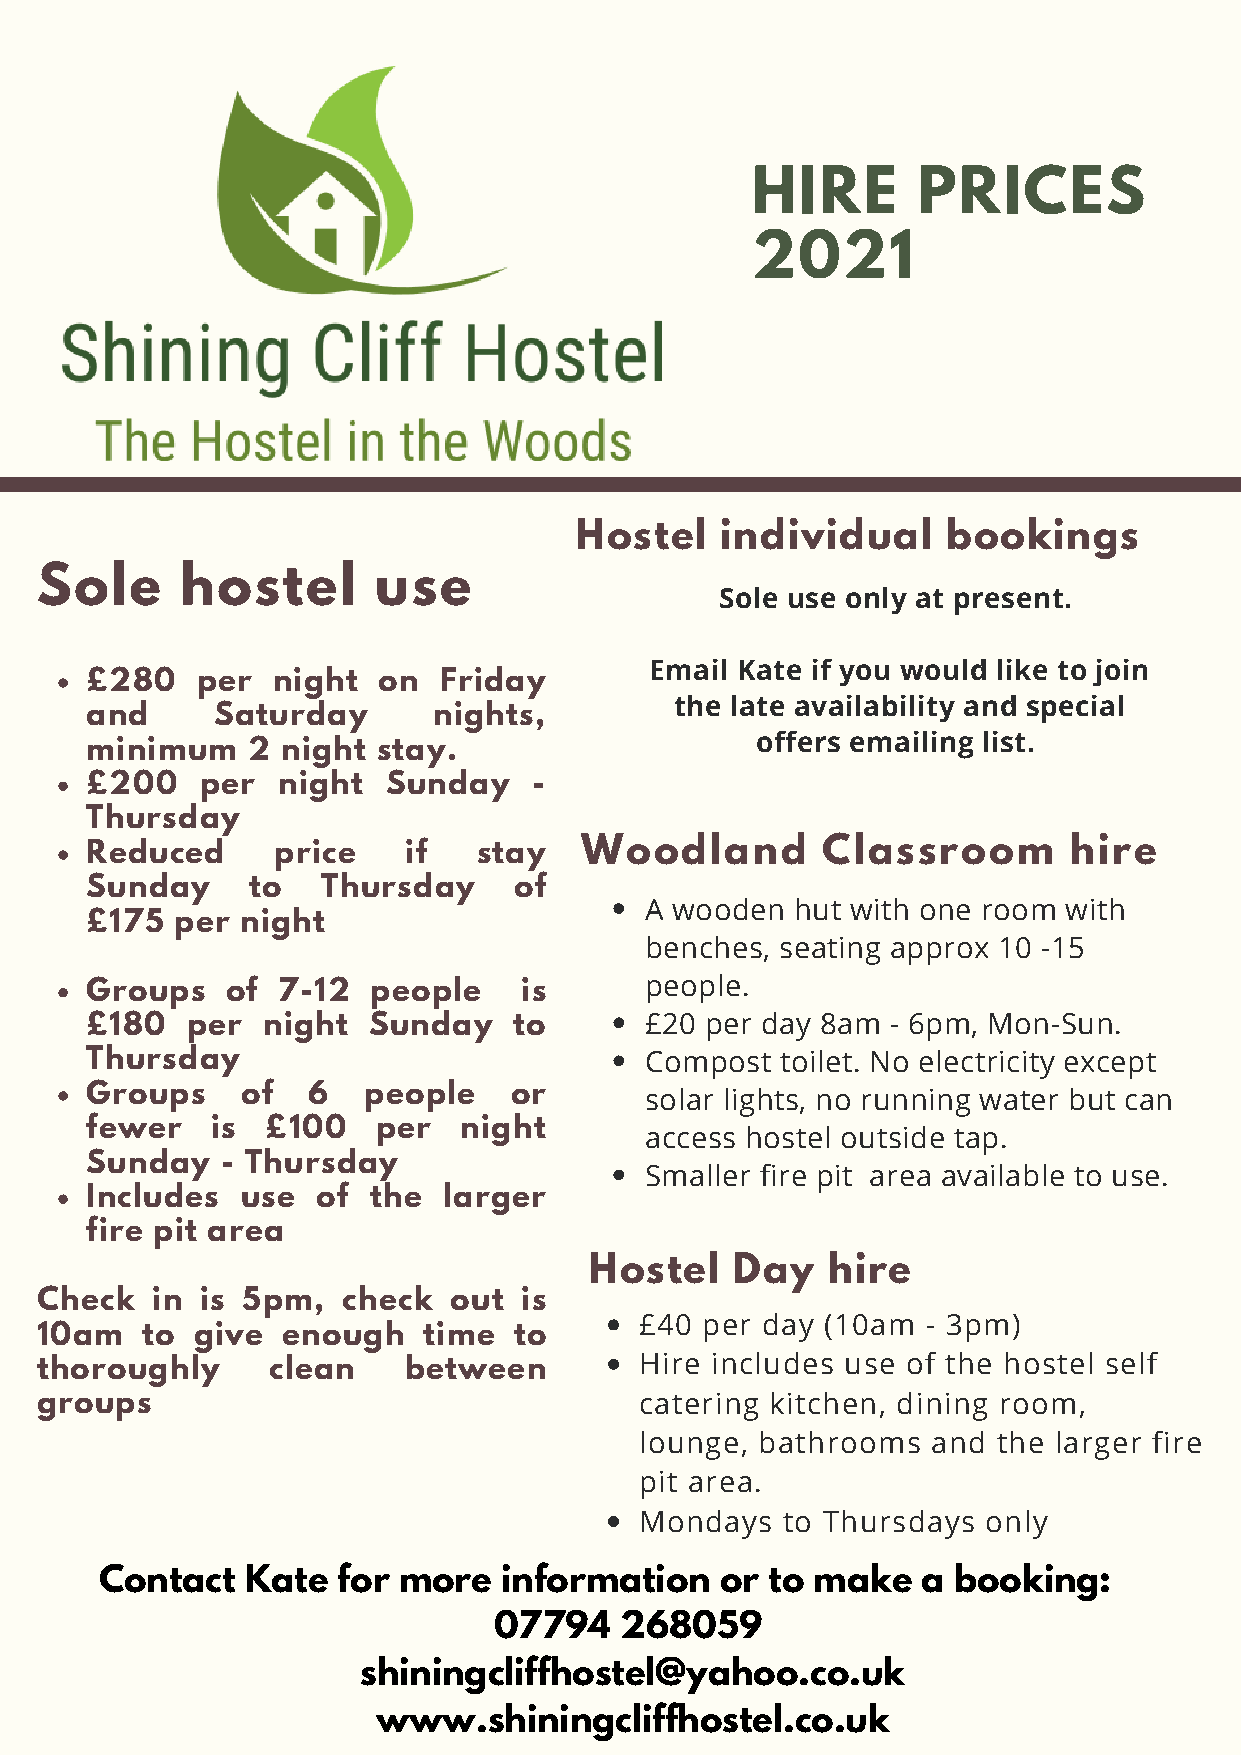
HIRE       PRICES
 2021
 Hostel    individual     bookings
 Sole      hostel       use
 Sole use only at present.
 Email Kate if you would like to join
 £280   per  night  on  Friday
 the late availability and special
 and     Saturday       nights,
 offers emailing list.
 minimum   2  night stay.
 £200   per  night   Sunday   -
 Thursday
 Reduced     price    if   stay  Woodland        Classroom        hire
 Sunday     to  Thursday     of
 A wooden  hut with one room with
 £175  per night
 benches, seating approx 10 -15
 Groups   of 7-12   people    is      people.
 £180  per  night  Sunday    to       £20 per day 8am - 6pm, Mon-Sun.
 Thursday                             Compost  toilet. No electricity except
 Groups    of  6   people    or       solar lights, no running water but can
 fewer   is  £100   per  night
 access hostel outside tap.
 Sunday   - Thursday
 Smaller fire pit area available to use.
 Includes  use  of the  larger
 fire pit area
 Hostel    Day   hire
 Check   in is 5pm,   check  out is
 £40 per day  (10am - 3pm)
 10am   to  give  enough   time  to
 thoroughly      clean    between        Hire includes use of the hostel self
 groups                                  catering kitchen, dining room,
 lounge, bathrooms   and the larger fire
 pit area.
 Mondays   to Thursdays only
 Contact  Kate  for more   information    or to make   a booking:
 07794   268059
 shiningcliffhostel@yahoo.co.uk
 www.shiningcliffhostel.co.uk